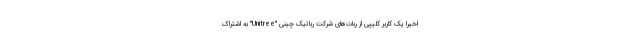
اخیرا یک کاربر کلیپی از ربات‌های شرکت رباتیک چینی "Unitree" به اشتراک